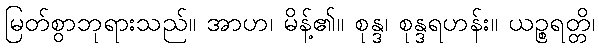
မြတ်စွာဘုရားသည်။ အာဟ၊ မိန့်၏။ စုန္ဒ၊ စုန္ဒရဟန်း။ ယဉ္စရတ္တိ၊